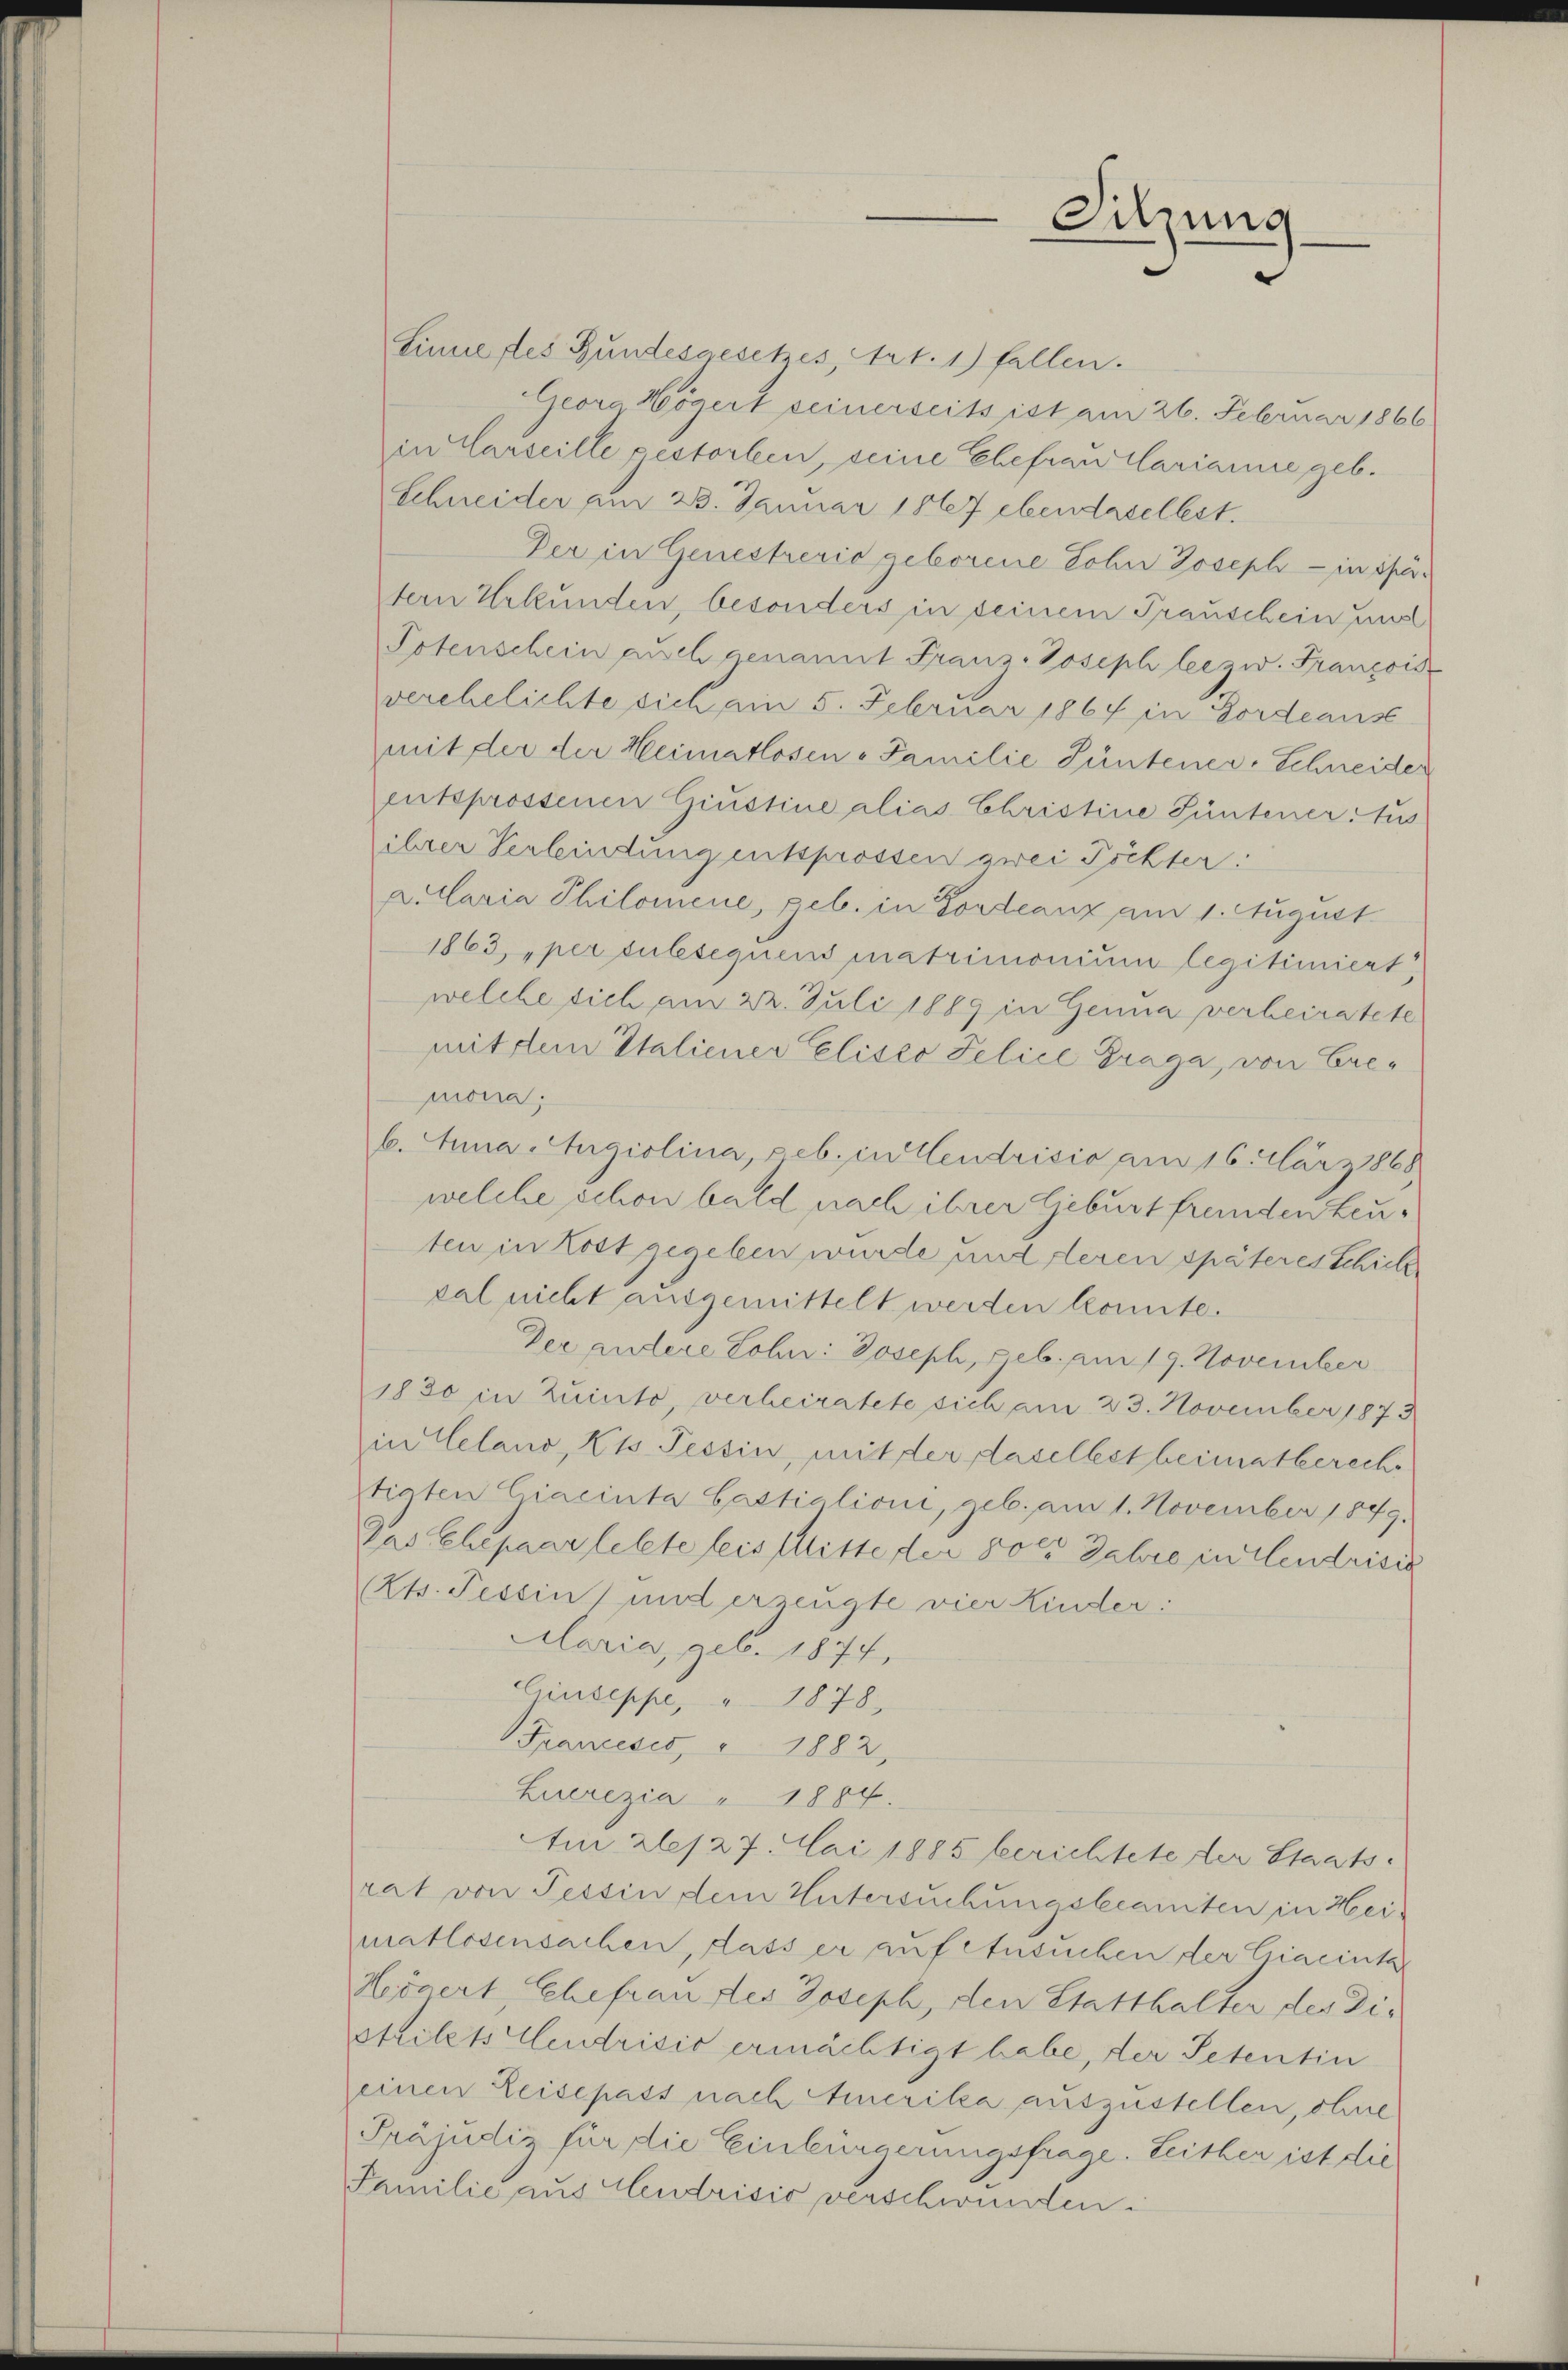
Sitzung

Linnertes Bundesgesetzes, Art. 1) fallen.
Georg Högert seinerseits ist am 26. Februar 1866
in Carseille gestorben, seine Ehefrau Clarianne geb.
Schneider am 23. Januar 1847 ebendaselbst.
Der in Genestrević geborene Lohn Joseph - in öftern Urkunden, besonders in seinem Trauschein und
Potenschein auch genannt Franz-Joseph leezw. François
verehelichte sich am 5. Februar 1864 in Fordeaus
mit der der Heimatlosen - Familie Güntener-Schneider
entsprossenen Giustine alias Christine Püntener: Jus
ihrer Verbindung entsprossen zwei Töchter.
aillaria Philomene, geb. in Fordeanz am 1. August
1863, „per tulesequens matrimonium legitimiert,
welche sich am 22. Juli 1889 in Genua verheiratete
mit dem Italiener elisco Felice Praga, von Cremona;
b. Anna -Angiolina, geb. in Cendrisio am 16. März 1868
welche schon bald nach ihrer Geburt fremden Leuten in Kost gegeben wurde und deren späteres Schick
zal nicht ausgemittelt werden konnte.
Der andere Lohn: Joseph, geb. am 19. November
1830 in Zuinto, verheiratete sich am 23. November 1873
in Gelano, Kts. Tessin, mit der daselbst heimatbereche
tiaten Cracinta Castialione, geb. am 1. November 1849.
Das Ehepaar letzte leis Mittester 8000 Jahre in Elendrisie
Kts. Tessin und erzeugte vier Kinder.
Alaria, geb. 1874.
Ciuseppe, " 1878,
Francesés, " 1882,
Luerezia" 1884.
Am 26/27. Mai 1885 berichtete der Staats-
rat von Tessin dem Untersuchungsbeamten in Heimatlosensachen, dass er auf Ansuchen der Cicacinta
Heögert Schefrau des Joseph, den Statthalter des Dis
strikets endrisis ermächtigt habe, der Petentin
einen Leisepass nach Amerika auszustellen, ohne
Präjudiz für die Einbürgerungsfrage. Leither ist die
Familie aus Andrisić verschwunden.